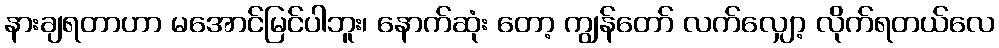
နားချရတာဟာ မအောင်မြင်ပါဘူး၊ နောက်ဆုံး တော့ ကျွန်တော် လက်လျှော့ လိုက်ရတယ်လေ